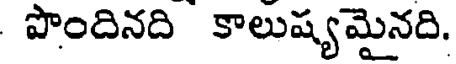
పొందినది కాలుష్యమైనది.